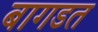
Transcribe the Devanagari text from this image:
बागडत